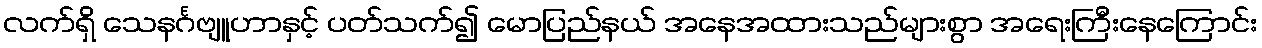
လက်ရှိ သေနင်္ဂဗျူဟာနှင့် ပတ်သက်၍ မောပြည်နယ် အနေအထားသည်များစွာ အရေးကြီးနေကြောင်း